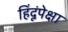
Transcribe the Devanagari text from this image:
हिंदूंपेक्षा